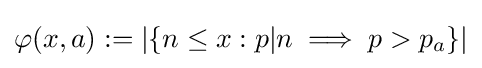
\varphi (x,a):=\left|\left\{n\leq x:p|n\implies p>p_{a}\right\}\right|